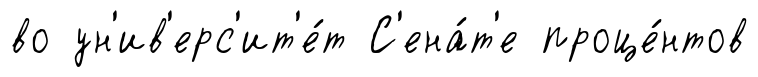
во ун'ив'ерс'ит'е́т С'ена́т'е проце́нтов